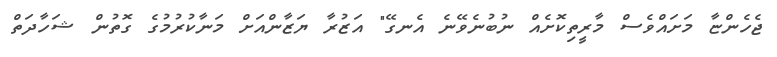
ޖެހެންޏާ މަށައްވެސް މާރީތިކޮށެއް ނުބުނެވޭނެ އެނގޭ" އަޒުރާ ޔަޒާންއަށް މަނާކުރުމުގެ ގޮތުން ޝަހާދަތް